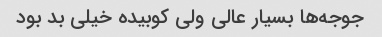
جوجه‌ها بسیار عالی ولی کوبیده خیلی بد بود